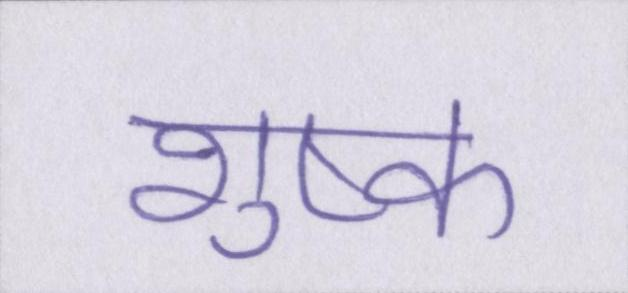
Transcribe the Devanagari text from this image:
शुष्क